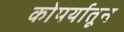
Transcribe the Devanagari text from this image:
कोपर्यातून